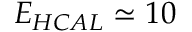
E _ { H C A L } \simeq 1 0